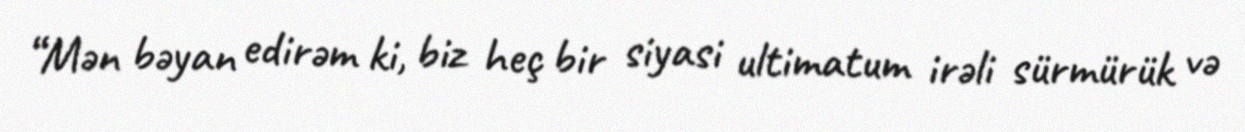
“Mən bəyan edirəm ki, biz heç bir siyasi ultimatum irəli sürmürük və